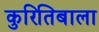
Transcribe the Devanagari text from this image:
कुरितिबाला